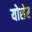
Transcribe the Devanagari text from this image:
योसेर